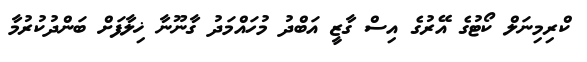
ކްރިމިނަލް ކޯޓުގެ އޭރުގެ އިސް ގާޒީ އަބްދު މުހައްމަދު ގާނޫނާ ޚިލާފަށް ބަންދުކުރުމާ